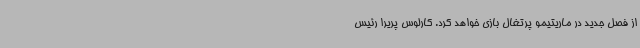
از فصل جدید در ماریتیمو پرتغال بازی خواهد کرد. کارلوس پریرا رئیس